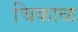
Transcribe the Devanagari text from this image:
चिकाळ